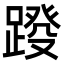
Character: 𨂩